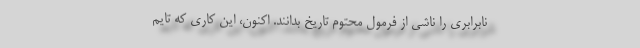
نابرابری را ناشی از فرمول محتوم تاریخ بدانند. اکنون، این کاری که تایم